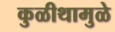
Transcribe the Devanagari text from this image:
कुळीथामुळे